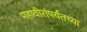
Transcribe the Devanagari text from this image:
महावीरांपर्यंतच्या